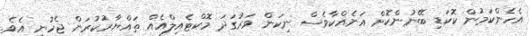
އެހެންކަމުން ކޮކަޑި ބޭނުންކޮށް އަނެއްކާވެސް ނިކަން ވަރުގަދަ މޮކްޓެއިލްއެއް ތައްޔާރުކުރަން ޖެހުނީ އެވެ.